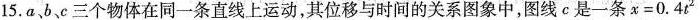
15.a、b、c三个物体在同一条直线上运动，其位移与时间的关系图象中，图线c是一条$$x = 0 . 4 t ^ { 2 }$$